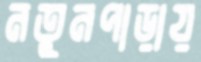
নতুনপাড়ায়